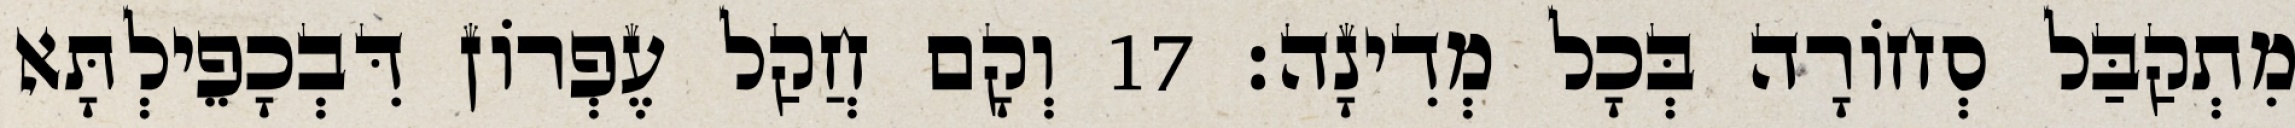
מִתְקַבַּל סְחוֹרָה בְּכָל מְדִינָה׃ 17 וְקָם חֲקַל עֶפְרוֹן דִּבְכָפֵילְתָּא